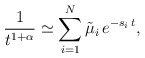
\begin{align*}\frac{1}{t^{1+\alpha}} \simeq \sum\limits_{i=1}^N \tilde{\mu}_{i}\,e^{-s_{i}\,t},\end{align*}